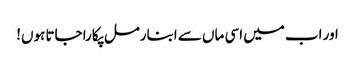
اور اب میں اسی ماں سے ابنارمل پکارا جاتا ہوں!